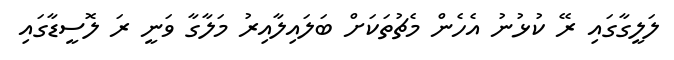
ލަލީގާގައި ރޭ ކުޅުނު އެހެން މެޗުތަކަށް ބަލައިލާއިރު މަލާގާ ވަނީ ރަ ލޮސީޑާގައި